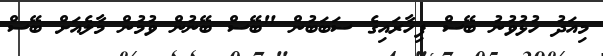
މިއަދު ހުޅުވުނު ބޭސް ފިހާރައިގެ ސަބަބުން "ބޭސް ބޭނުން ވުމުން މާލެއަށް ބޭސް